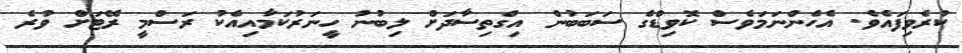
ކުރެވިފައެވެ. އެހެންނަމަވެސް ކޮވިޑްގެ ސަބަބުން އިގްތިސާދަށް ލިބުނު ހީނަރުކަމާއިއެކު ރަސްމީ ރޭޓަށް ވުރެ